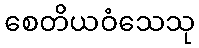
စေတိယဝံသေသု